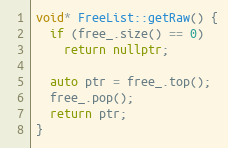
Language: C++
void* FreeList::getRaw() {
  if (free_.size() == 0)
    return nullptr;

  auto ptr = free_.top();
  free_.pop();
  return ptr;
}